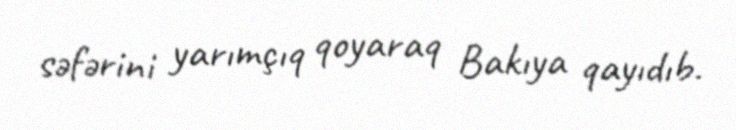
səfərini yarımçıq qoyaraq Bakıya qayıdıb.